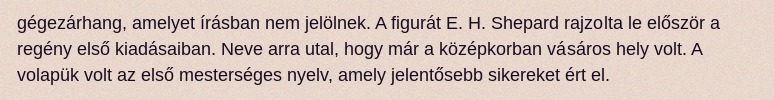
gégezárhang, amelyet írásban nem jelölnek. A figurát E. H. Shepard rajzolta le először a regény első kiadásaiban. Neve arra utal, hogy már a középkorban vásáros hely volt. A volapük volt az első mesterséges nyelv, amely jelentősebb sikereket ért el.